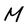
Character: M